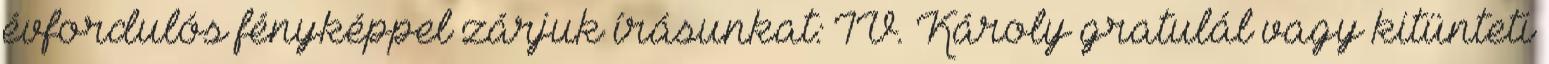
évfordulós fényképpel zárjuk írásunkat: IV. Károly gratulál vagy kitünteti